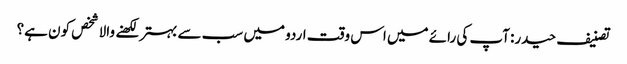
تصنیف حیدر: آپ کی رائے میں اس وقت اردو میں سب سے بہتر لکھنے والا شخص کون ہے؟